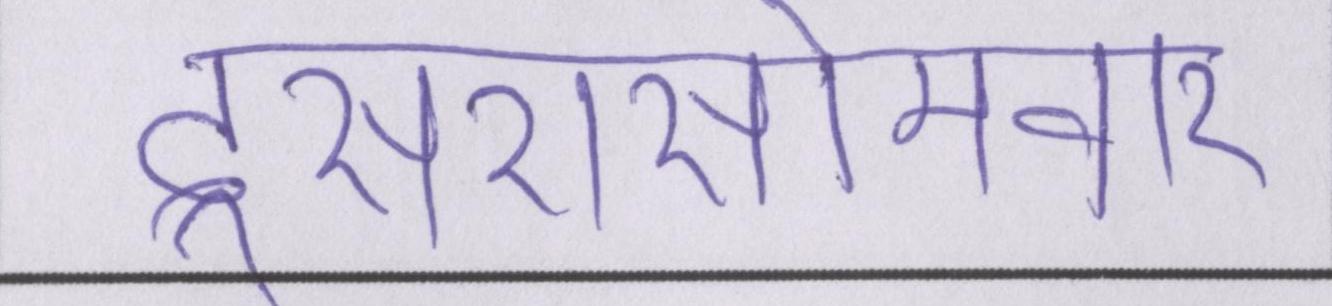
दूसरासोमवार